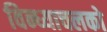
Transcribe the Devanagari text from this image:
विन्ध्याचलको